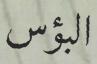
البؤس